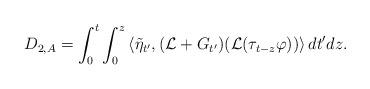
LaTeX: \begin{align*}D_{2,A}= \int_{0}^{t} \int_{0}^{z} \left< \tilde{\eta}_{t'},(\mathcal{L}+G_{t'})( \mathcal{L}(\tau_{t-z}\varphi )) \right> dt' dz.\end{align*}